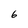
Character: 6